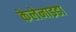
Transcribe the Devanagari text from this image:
केलेनाइडा